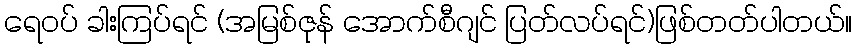
ရေဝပ် ခါးကြပ်ရင် (အမြစ်ဇုန် အောက်စီဂျင် ပြတ်လပ်ရင်)ဖြစ်တတ်ပါတယ်။